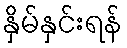
နှိမ်နှင်းရန်